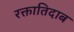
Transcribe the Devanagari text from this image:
रक्तातिदाब